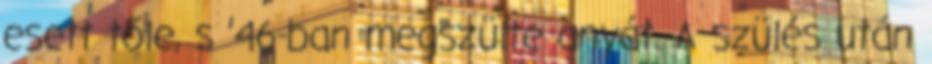
esett tőle, s ’46-ban megszülte anyát. A szülés után